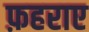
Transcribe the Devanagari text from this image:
फ़हराए